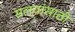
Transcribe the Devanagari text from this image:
सल्यांसाठी